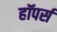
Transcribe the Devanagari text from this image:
हॉपर्स